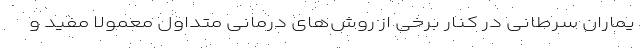
یماران سرطانی در کنار برخی از روش‌های درمانی متداول معمولا مفید و